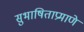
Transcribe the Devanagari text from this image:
सुभाषिताप्रमाणे